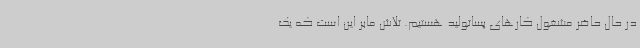
در حال حاضر مشغول کارهای پساتولید هستیم. تلاش‌ مابر این است که یک